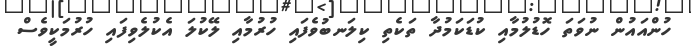
ހުންއައުން ނުވަތަ ހޮޑުލުމާއި ކުޑަކަމުދާ ތަކެތި ކިލަނބުވެފައި ހުރުމާއި ލޭކުލަ އެކުލެވިފައި ހުރުމަކީވެސް